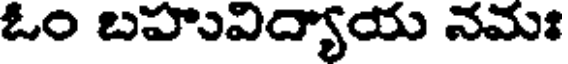
ఓం బహువిద్యాయ నమః